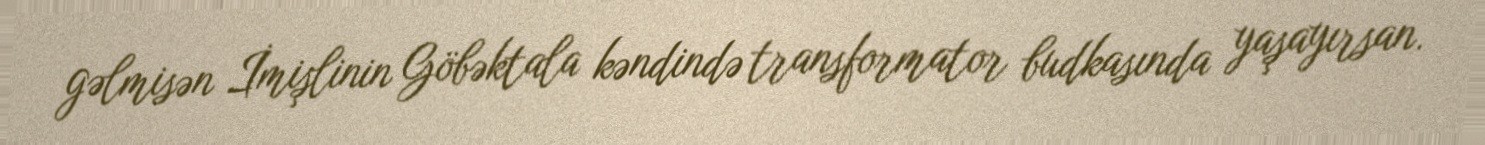
gəlmisən İmişlinin Göbəktala kəndində transformator budkasında yaşayırsan.